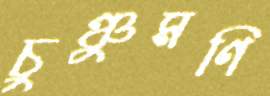
চুঞ্চুমণি